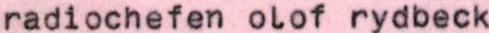
radiochefen olof rydbeck